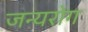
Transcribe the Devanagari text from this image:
जन्‍यरोग